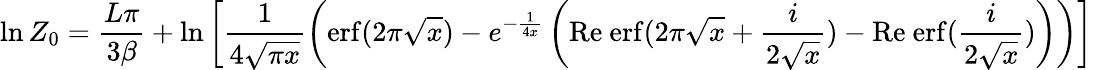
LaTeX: \ln Z_{0}=\frac{L\pi}{3\beta}+\ln\left[\frac{1}{4\sqrt{\pi x}}\left(\mathrm{erf}(2\pi\sqrt{x})-e^{-\frac{1}{4x}}\left(\mathrm{Re~erf}(2\pi\sqrt{x}+\frac{i}{2\sqrt{x}})-\mathrm{Re~erf}(\frac{i}{2\sqrt{x}})\right)\right)\right]